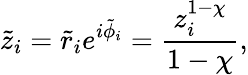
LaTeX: \tilde{z}_{i}=\tilde{r}_{i}e^{i\tilde{\phi}_{i}}=\frac{z_{i}^{1-\chi}}{1-\chi},